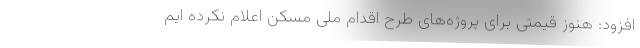
افزود: هنوز قیمتی برای پروژه‌های طرح اقدام ملی مسکن اعلام نکرده ایم